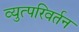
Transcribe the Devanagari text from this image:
व्युत्परिवर्तन